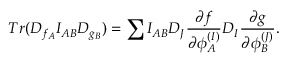
T r ( D _ { f _ { A } } I _ { A B } D _ { g _ { B } } ) = \sum I _ { A B } D _ { J } { \frac { \partial f } { \partial \phi _ { A } ^ { ( I ) } } } D _ { I } { \frac { \partial g } { \partial \phi _ { B } ^ { ( J ) } } } .